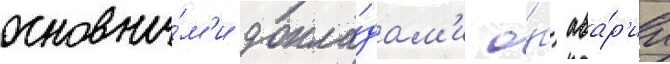
основны́м'и докла́дам'и о́б ава́р'ии